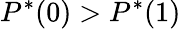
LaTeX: P^{*}(0)>P^{*}(1)